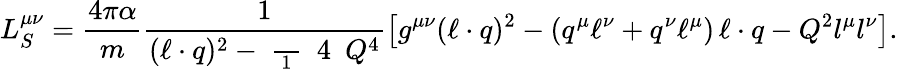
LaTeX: L_{S}^{\mu\nu}=\frac{4\pi\alpha}{m}\frac{1}{(\ell\cdot q)^{2}-\mathrm{~\frac~{~1~}~{~4~}~}Q^{4}}\left[g^{\mu\nu}(\ell\cdot q)^{2}-(q^{\mu}\ell^{\nu}+q^{\nu}\ell^{\mu})\, \ell\cdot q-Q^{2}l^{\mu}l^{\nu}\right].